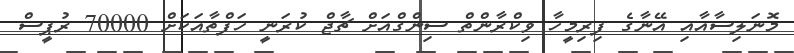
މޮނަލިސާއާއި އޭނާގެ ފިރިމީހާ ވިކްރާންތް ސިންގްއަށް ޗާޖް ކުރަނީ ހަފްތާއަކަށް 70000 ރުޕީސް